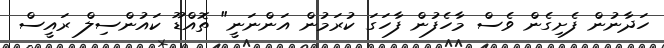
ހަދާނުން ފެށިގެން ވެސް މާހެފުން ފާހަގަ ކުރަމުން އަންނަނީ" ތޮއްޑޫ ކައުންސިލް ރައީސް